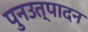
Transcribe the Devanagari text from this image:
पुनउत्पादन